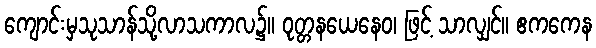
ကျောင်းမှသုသာန်သို့လာသကာလ၌။ ဝုတ္တနယေနေဝ၊ ဖြင့် သာလျှင်။ ဧကကေန